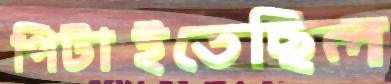
পিটাইতেছিল